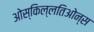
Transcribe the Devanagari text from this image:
ओस्किल्लतिओन्स